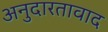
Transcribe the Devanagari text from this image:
अनुदारतावाद